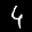
Label: 4